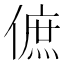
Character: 𠌮